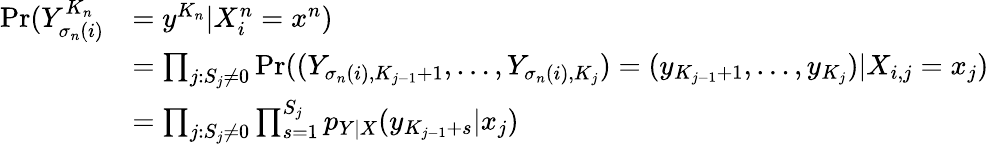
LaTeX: \begin{array}{rl}{\operatorname*{Pr}(Y_{\sigma_{n}(i)}^{K_{n}}}&{=y^{K_{n}}|X_{i}^{n}=x^{n})}\\ &{=\prod_{j:S_{j}\neq 0}\operatorname*{Pr}((Y_{\sigma_{n}(i),K_{j-1}+1},\dots,Y_{\sigma_{n}(i),K_{j}})=(y_{K_{j-1}+1},\dots,y_{K_{j}})|X_{i,j}=x_{j})}\\ &{=\prod_{j:S_{j}\neq 0}\prod_{s=1}^{S_{j}}p_{Y|X}(y_{K_{j-1}+s}|x_{j})}\end{array}